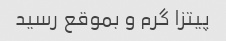
پیتزا گرم و بموقع رسید